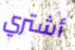
أشتري